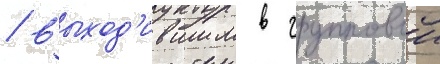
/ выход'ившим в групповои